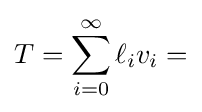
T=\sum _{i=0}^{\infty }\ell _{i}v_{i}=